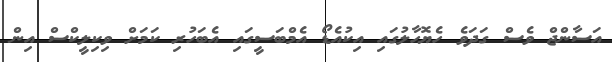
އަސާންޖް ވެސް ގަދަވެ ހެޔޮހާލުގައި އިކުއެޑޯ އެމްބަސީގައި އެބަހުރި ކަމަށް ވިކިލީކްސް އިން